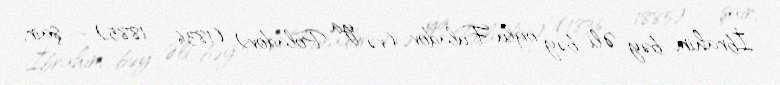
İbrahim bəy Əli bəy oğlu Fuladov (və ya Poladov) (1836 – 1885) — şair,